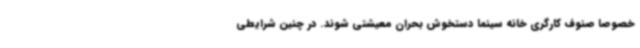
خصوصا صنوف کارگری خانه سینما دستخوش بحران معیشتی شوند. در چنین شرایطی